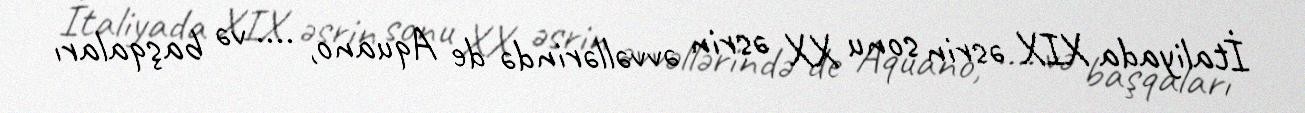
İtaliyada XIX әsrin sonu XX әsrin әvvәllәrindә de Aquano, .... vә başqaları